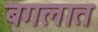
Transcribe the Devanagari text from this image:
बगलात